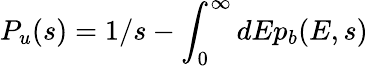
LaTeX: {P}_{u}(s)=1/s-\int_{0}^{\infty}dE{p}_{b}(E,s)